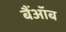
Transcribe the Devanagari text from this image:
बैंऑब